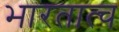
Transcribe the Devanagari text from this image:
भारतात्च